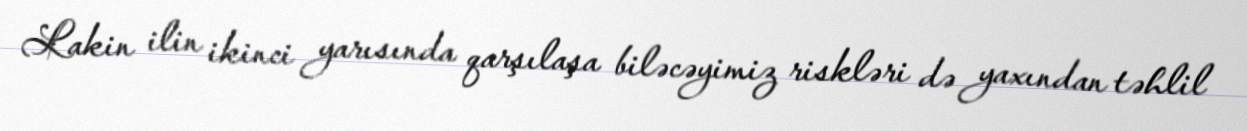
Lakin ilin ikinci yarısında qarşılaşa biləcəyimiz riskləri də yaxından təhlil